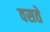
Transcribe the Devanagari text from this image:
वसते